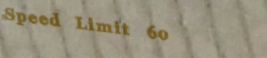
Speed Limit 60